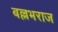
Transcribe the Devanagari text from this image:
बल्लभराज